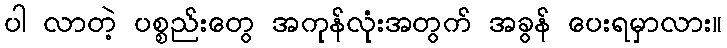
ပါ လာတဲ့ ပစ္စည်းတွေ အကုန်လုံးအတွက် အခွန် ပေးရမှာလား။